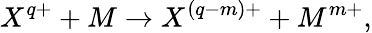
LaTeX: X^{q+}+M\rightarrow X^{(q-m)+}+M^{m+},